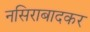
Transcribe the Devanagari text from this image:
नसिराबादकर